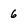
Character: 6